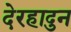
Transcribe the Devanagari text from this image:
देरहादुन